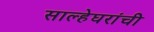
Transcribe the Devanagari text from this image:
साल्हेघरांची